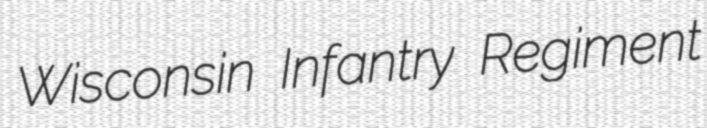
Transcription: Wisconsin Infantry Regiment